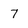
Character: 7